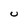
Character: U